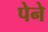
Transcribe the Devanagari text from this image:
पेने